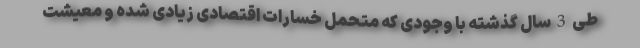
طی 3 سال گذشته با وجودی که متحمل خسارات اقتصادی زیادی شده و معیشت